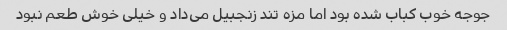
جوجه خوب کباب شده بود اما مزه تند زنجبیل می‌داد و خیلی خوش طعم نبود